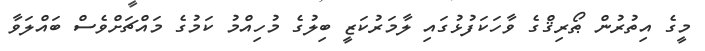
މީގެ އިތުރުން ޠޯރިޤްގެ ވާހަކަފުޅުގައި ލާމަރުކަޒީ ބިލުގެ މުހިއްމު ކަމުގެ މައްޗަށްވެސް ބައްލަވާ